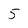
Character: 5